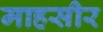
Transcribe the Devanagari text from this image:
माहसीर